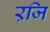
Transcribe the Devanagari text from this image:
ऱजि